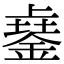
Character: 𨨾